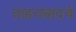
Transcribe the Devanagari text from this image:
ताहराबादचे